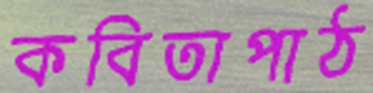
কবিতাপাঠ